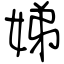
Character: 娣